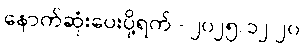
နောက်ဆုံးပေးပို့ရက် - ၂၀၂၅/၁၂/၂၀